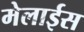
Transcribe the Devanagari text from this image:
मेलाईस